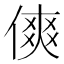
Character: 傸